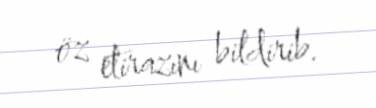
öz etirazını bildirib.